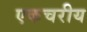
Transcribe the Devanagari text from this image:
एकचरीय